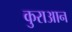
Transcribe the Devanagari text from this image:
कुराआन